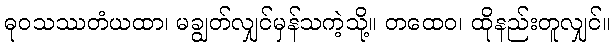
ဓုဝသဿတံယထာ၊ မချွတ်လျှင်မှန်သကဲ့သို့။ တထေဝ၊ ထိုနည်းတူလျှင်။